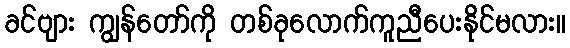
ခင်ဗျား ကျွန်တော်ကို တစ်ခုလောက်ကူညီပေးနိုင်မလား။